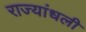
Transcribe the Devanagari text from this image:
राज्यांधली